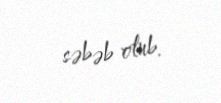
səbəb olub.